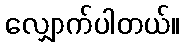
လျှောက်ပါတယ်။